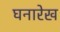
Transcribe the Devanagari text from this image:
घनारेख